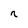
Character: n